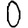
Digit: 0